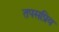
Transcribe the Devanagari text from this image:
तपसप्रिय